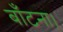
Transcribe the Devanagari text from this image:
बाँटना।